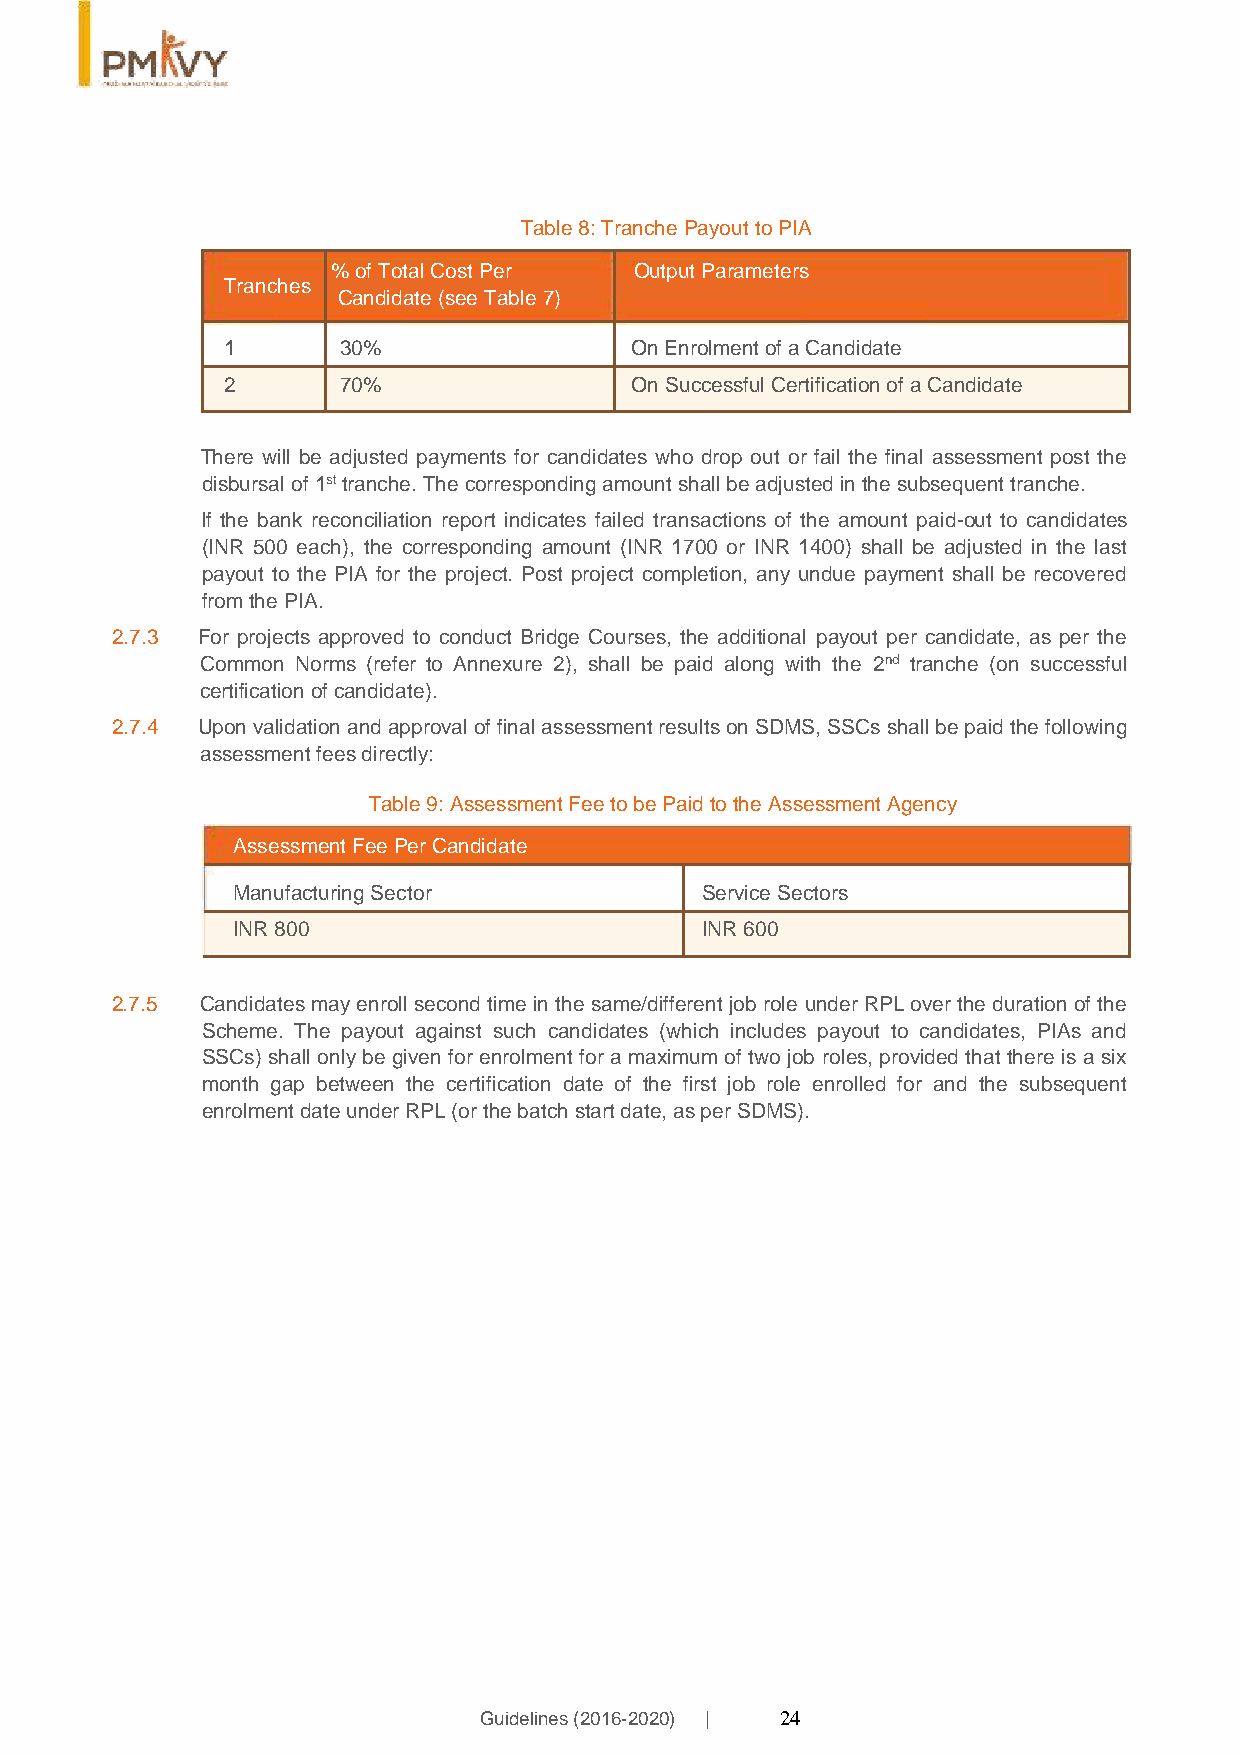
Table 8: Tranche Payout to PIA
 % of Total Cost Per Output Parameters
 Tranches
 Candidate (see Table 7)
 1      30%                 On Enrolment of a Candidate
 2      70%                 On Successful Certification of a Candidate
 There will be adjusted payments for candidates who drop out or fail the final assessment post the
 disbursal of 1st tranche. The corresponding amount shall be adjusted in the subsequent tranche.
 If the bank reconciliation report indicates failed transactions of the amount paid-out to candidates
 (INR 500 each), the corresponding amount (INR 1700 or INR 1400) shall be adjusted in the last
 payout to the PIA for the project. Post project completion, any undue payment shall be recovered
 from the PIA.
 2.7.3 For projects approved to conduct Bridge Courses, the additional payout per candidate, as per the
 Common Norms (refer to Annexure 2), shall be paid along with the 2nd tranche (on successful
 certification of candidate).
 2.7.4 Upon validation and approval of final assessment results on SDMS, SSCs shall be paid the following
 assessment fees directly:
 Table 9: Assessment Fee to be Paid to the Assessment Agency
 Assessment Fee Per Candidate
 Manufacturing Sector           Service Sectors
 INR 800                        INR 600
 2.7.5 Candidates may enroll second time in the same/different job role under RPL over the duration of the
 Scheme. The payout against such candidates (which includes payout to candidates, PIAs and
 SSCs) shall only be given for enrolment for a maximum of two job roles, provided that there is a six
 month gap between the certification date of the first job role enrolled for and the subsequent
 enrolment date under RPL (or the batch start date, as per SDMS).
 Guidelines (2016-2020) | 24